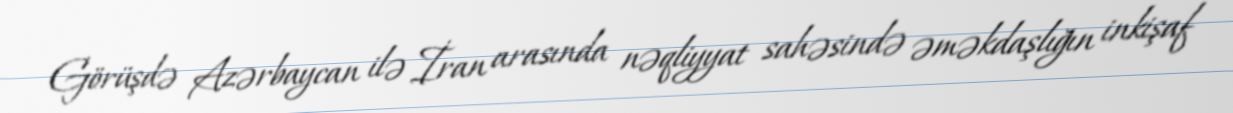
Görüşdə Azərbaycan ilə İran arasında nəqliyyat sahəsində əməkdaşlığın inkişaf